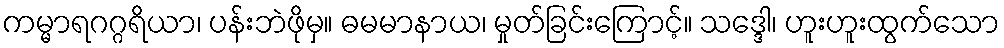
ကမ္မာရဂဂ္ဂရိယာ၊ ပန်းဘဲဖိုမှ။ ဓမမာနာယ၊ မှုတ်ခြင်းကြောင့်။ သဒ္ဒေါ၊ ဟူးဟူးထွက်သော